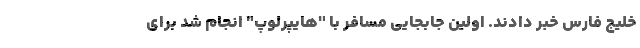
خلیج فارس خبر دادند. اولین جابجایی مسافر با "هایپرلوپ" انجام شد برای